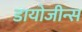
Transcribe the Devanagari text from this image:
डायोजीन्स